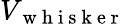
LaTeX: V_{\mathrm{~w~h~i~s~k~e~r~}}